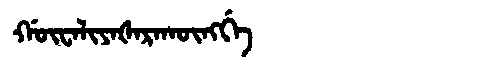
Manchu: ᡤᡡᠸᠠᠯᡳᠶᠠᡧᠠᡵᠠᡴᡡᠩᡤᡝ
Romanization: GŪWALIYAŠARAKŪNGGE